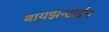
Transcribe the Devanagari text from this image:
बायझन्टाईन